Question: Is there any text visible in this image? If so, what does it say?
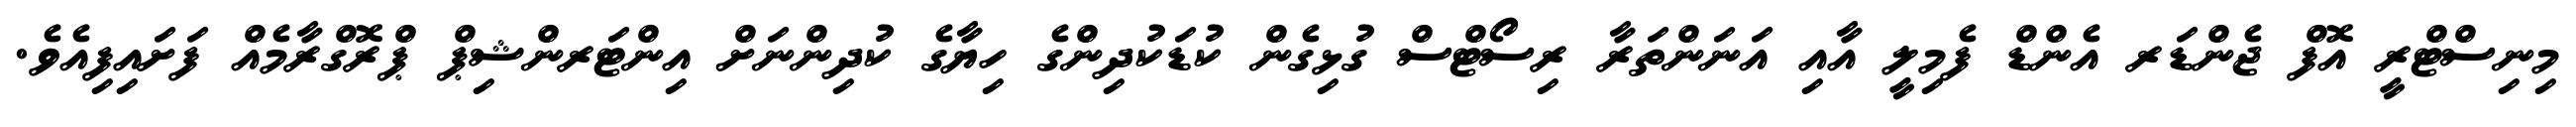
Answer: މިނިސްޓްރީ އޮފް ޖެންޑަރ އެންޑް ފެމިލީ އާއި އަނަންތަރާ ރިސޯޓްސް ގުޅިގެން ކުޑަކުދިންގެ ހިޔާގެ ކުދިންނަށް އިންޓަރންޝިޕް ޕްރޮގްރާމެއް ފަށައިފިއެވެ.